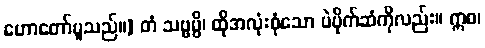
ဟောတော်မူသည်။] တံ သဗ္ဗမ္ပိ၊ ထိုအလုံးစုံသော ပဲပိုက်ဆံကိုလည်း။ ဣဓ၊